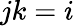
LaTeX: jk=i